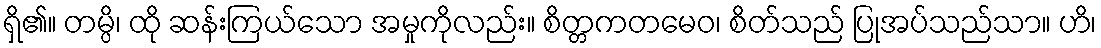
ရှိ၏။ တမ္ပိ၊ ထို ဆန်းကြယ်သော အမှုကိုလည်း။ စိတ္တကတမေဝ၊ စိတ်သည် ပြုအပ်သည်သာ။ ဟိ၊